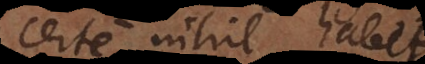
certe nihil habet